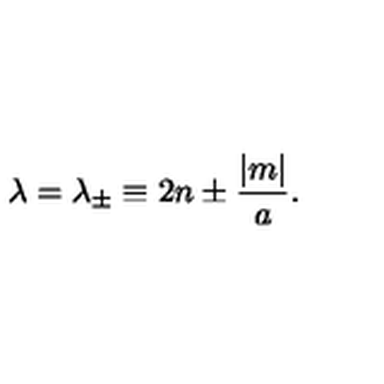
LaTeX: \lambda = \lambda _ { \pm } \equiv 2 n \pm { \frac { | m | } { a } } .